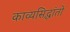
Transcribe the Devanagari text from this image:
काव्यसिद्धांतों